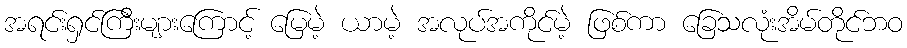
အရင်းရှင်ကြီးများကြောင့် မြေမဲ့ ယာမဲ့ အလုပ်အကိုင်မဲ့ ဖြစ်ကာ ခြေသလုံးအိမ်တိုင်ဘဝ